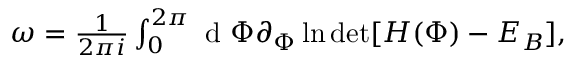
\begin{array} { r } { \omega = \frac { 1 } { 2 \pi i } \int _ { 0 } ^ { 2 \pi } \mathrm { ~ d ~ } \Phi \partial _ { \Phi } \ln \operatorname* { d e t } [ H ( \Phi ) - E _ { B } ] , } \end{array}